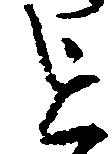
を